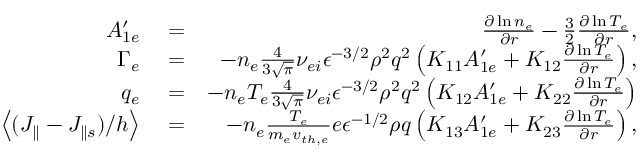
\begin{array} { r l r } { A _ { 1 e } ^ { \prime } } & { { } = } & { \frac { \partial \ln { n _ { e } } } { \partial r } - \frac { 3 } { 2 } \frac { \partial \ln { T _ { e } } } { \partial r } , } \\ { \Gamma _ { e } } & { { } = } & { - n _ { e } \frac { 4 } { 3 \sqrt { \pi } } \nu _ { e i } \epsilon ^ { - 3 / 2 } \rho ^ { 2 } q ^ { 2 } \left( K _ { 1 1 } A _ { 1 e } ^ { \prime } + K _ { 1 2 } \frac { \partial \ln { T _ { e } } } { \partial r } \right) , } \\ { q _ { e } } & { { } = } & { - n _ { e } T _ { e } \frac { 4 } { 3 \sqrt { \pi } } \nu _ { e i } \epsilon ^ { - 3 / 2 } \rho ^ { 2 } q ^ { 2 } \left( K _ { 1 2 } A _ { 1 e } ^ { \prime } + K _ { 2 2 } \frac { \partial \ln { T _ { e } } } { \partial r } \right) } \\ { \left< ( J _ { \parallel } - J _ { \parallel s } ) / h \right> } & { { } = } & { - n _ { e } \frac { T _ { e } } { m _ { e } v _ { t h , e } } e \epsilon ^ { - 1 / 2 } \rho q \left( K _ { 1 3 } A _ { 1 e } ^ { \prime } + K _ { 2 3 } \frac { \partial \ln { T _ { e } } } { \partial r } \right) , } \end{array}